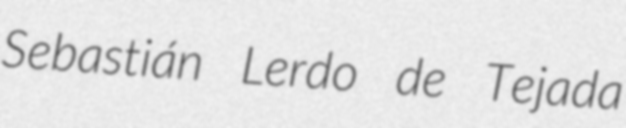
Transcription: Sebastián Lerdo de Tejada